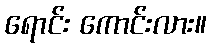
ရောင်း ကောင်းလား။